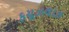
ફયૂઝલાઝ